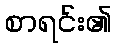
စာရင်း၏